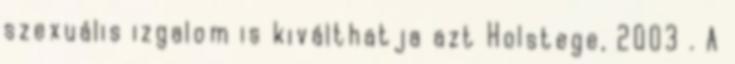
szexuális izgalom is kiválthatja azt Holstege, 2003 . A